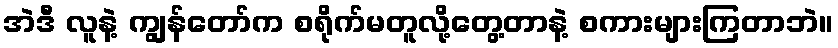
အဲဒီ လူနဲ့ ကျွန်တော်က စရိုက်မတူလို့တွေ့တာနဲ့ စကားများကြတာဘဲ။